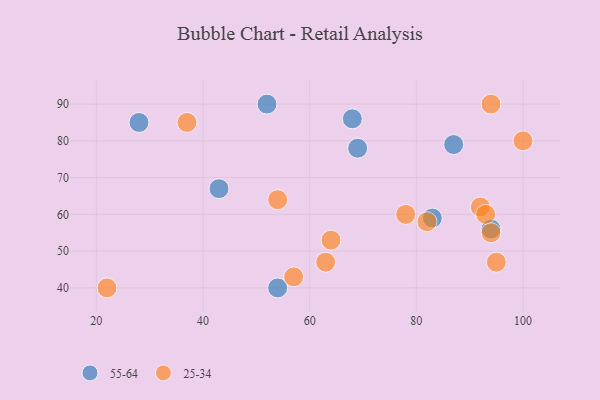
{"axis": {"x": "GDP", "y": "Life Expectancy"}, "legend": ["25-34", "55-64"], "data": [{"x": "43", "y": 67, "type": "55-64"}, {"x": "28", "y": 85, "type": "55-64"}, {"x": "52", "y": 90, "type": "55-64"}, {"x": "87", "y": 79, "type": "55-64"}, {"x": "83", "y": 59, "type": "55-64"}, {"x": "94", "y": 56, "type": "55-64"}, {"x": "68", "y": 86, "type": "55-64"}, {"x": "69", "y": 78, "type": "55-64"}, {"x": "54", "y": 40, "type": "55-64"}, {"x": "92", "y": 62, "type": "25-34"}, {"x": "54", "y": 64, "type": "25-34"}, {"x": "64", "y": 53, "type": "25-34"}, {"x": "37", "y": 85, "type": "25-34"}, {"x": "95", "y": 47, "type": "25-34"}, {"x": "93", "y": 60, "type": "25-34"}, {"x": "82", "y": 58, "type": "25-34"}, {"x": "57", "y": 43, "type": "25-34"}, {"x": "78", "y": 60, "type": "25-34"}, {"x": "22", "y": 40, "type": "25-34"}, {"x": "100", "y": 80, "type": "25-34"}, {"x": "63", "y": 47, "type": "25-34"}, {"x": "94", "y": 55, "type": "25-34"}, {"x": "94", "y": 90, "type": "25-34"}]}